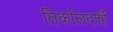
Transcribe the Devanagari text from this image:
तिर्कालदर्शी